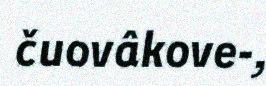
čuovâkove-,